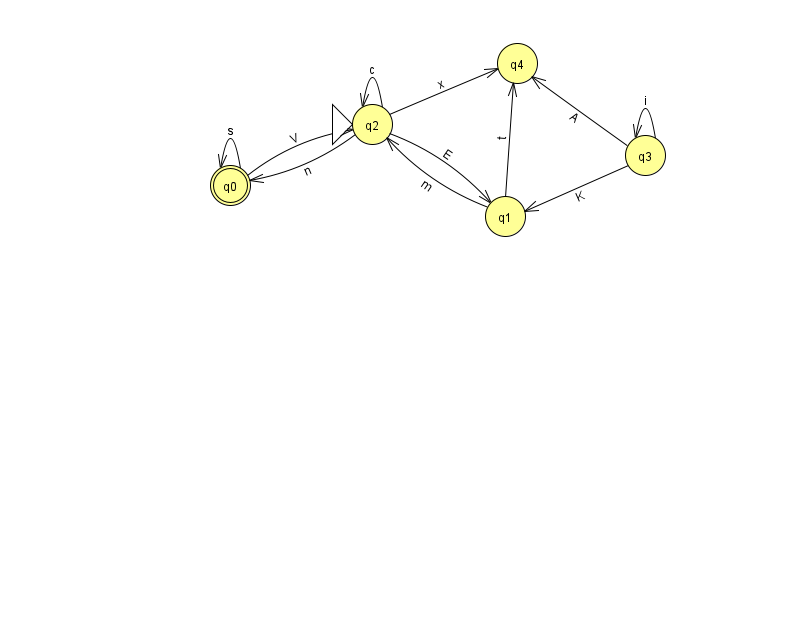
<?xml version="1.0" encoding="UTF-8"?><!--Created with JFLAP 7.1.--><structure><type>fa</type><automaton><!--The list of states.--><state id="0" name="q0"><x>230.0</x><y>172.0</y><final/></state><state id="1" name="q1"><x>505.0</x><y>203.0</y></state><state id="2" name="q2"><x>372.0</x><y>111.0</y><initial/></state><state id="3" name="q3"><x>645.0</x><y>142.0</y></state><state id="4" name="q4"><x>517.0</x><y>50.0</y></state><!--The list of transitions.--><transition><from>1</from><to>2</to><read>m</read></transition><transition><from>0</from><to>0</to><read>s</read></transition><transition><from>2</from><to>2</to><read>c</read></transition><transition><from>2</from><to>0</to><read>n</read></transition><transition><from>2</from><to>4</to><read>x</read></transition><transition><from>3</from><to>3</to><read>i</read></transition><transition><from>2</from><to>1</to><read>E</read></transition><transition><from>3</from><to>4</to><read>A</read></transition><transition><from>1</from><to>4</to><read>t</read></transition><transition><from>0</from><to>2</to><read>V</read></transition><transition><from>3</from><to>1</to><read>K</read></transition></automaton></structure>